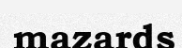
mazards